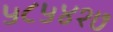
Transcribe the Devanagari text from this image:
५८५४१७